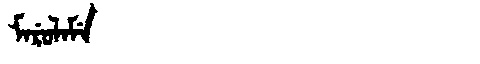
Manchu: ᠮᠠᡵᡠᠯᠠᠮᡝ
Romanization: MARULAME